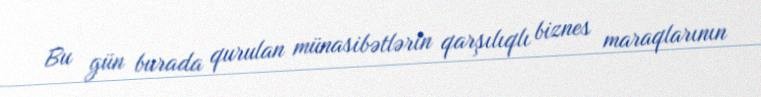
Bu gün burada qurulan münasibətlərin qarşılıqlı biznes maraqlarının